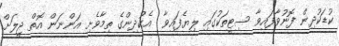
ކުޑަކުދިން ފޮނުވާފައިވާ ސިޓީތަކުގައި ލިޔެފައިވާ  އެކުދިންގެ ތިމާވެށި އަންނަން އޮތް ޖީލަށް